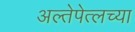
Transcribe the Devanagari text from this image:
अल्तेपेत्लच्या